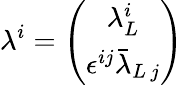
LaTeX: \lambda^{i}=\left(\begin{array}{c}{{\lambda_{L}^{i}}}\\ {{\epsilon^{ij}\bar{\lambda}_{L\, j}}}\end{array}\right)